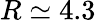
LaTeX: R\simeq 4.3